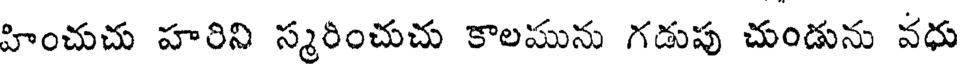
హించుచు హరిని స్మరించుచు కాలమును గడుపు చుండును వధు